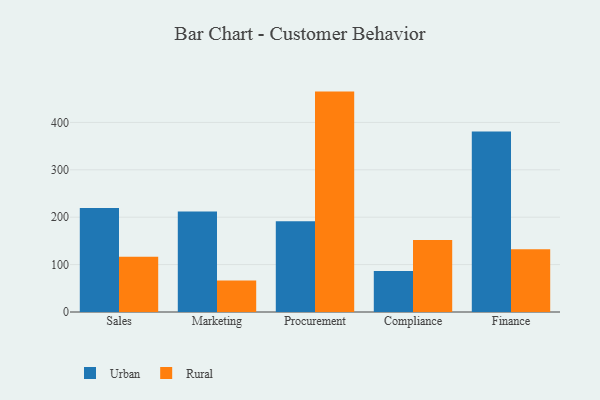
{"axis": {"x": "Department", "y": "Operating Costs (USD K)"}, "legend": ["Rural", "Urban"], "data": [{"x": "Sales", "y": 219.4, "type": "Urban"}, {"x": "Sales", "y": 116.8, "type": "Rural"}, {"x": "Marketing", "y": 212.0, "type": "Urban"}, {"x": "Marketing", "y": 66.3, "type": "Rural"}, {"x": "Procurement", "y": 191.6, "type": "Urban"}, {"x": "Procurement", "y": 465.0, "type": "Rural"}, {"x": "Compliance", "y": 86.3, "type": "Urban"}, {"x": "Compliance", "y": 151.7, "type": "Rural"}, {"x": "Finance", "y": 380.9, "type": "Urban"}, {"x": "Finance", "y": 132.3, "type": "Rural"}]}